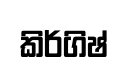
කිර්ගිෂ්